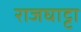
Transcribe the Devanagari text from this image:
राजघाट्टा